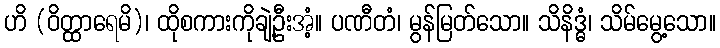
ဟိ (ဝိတ္ထာရေမိ)၊ ထိုစကားကိုချဲ့ဦးအံ့။ ပဏီတံ၊ မွန်မြတ်သော။ သိနိဒ္ဓံ၊ သိမ်မွေ့သော။